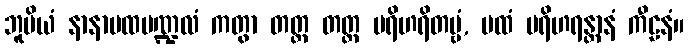
ဘူမိယံ နာနာပထမဏ္ဍလံ ကတွာ တတ္ထ တတ္ထ ပရိဟရိတဗ္ဗံ, ပထံ ပရိဟရန္တာနံ ကီဠနံ။